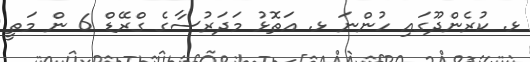
ޅ. ކުރެންދޫގައި ހުންނަ ޅ. އަތޮޅު މަދަރުސާގެ ގްރޭޑް 6 ން މަތީ